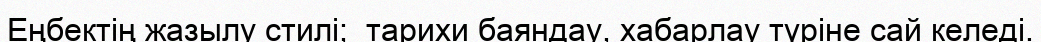
Еңбектің жазылу стилі;  тарихи баяндау, хабарлау түріне сай келеді.